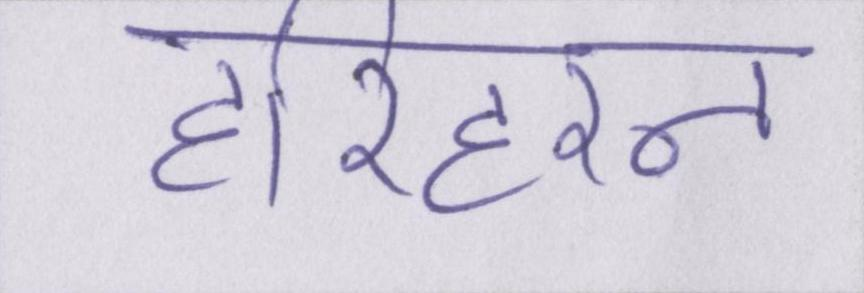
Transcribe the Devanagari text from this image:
हरिहरन